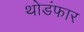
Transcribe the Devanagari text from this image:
थोडंफार